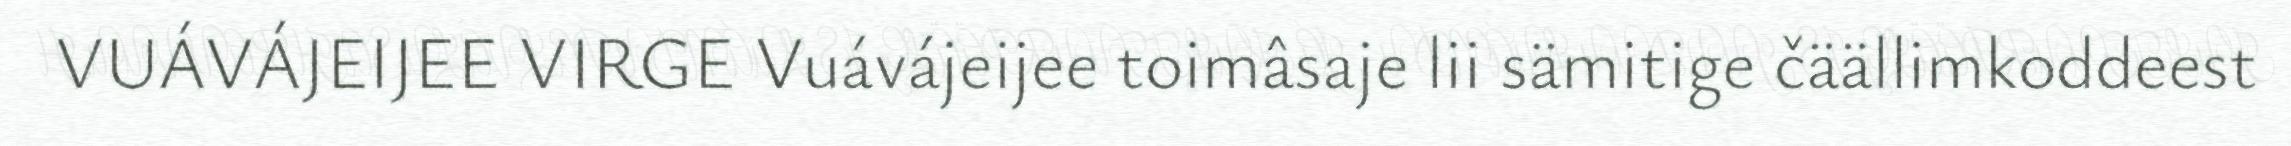
VUÁVÁJEIJEE VIRGE Vuávájeijee toimâsaje lii sämitige čäällimkoddeest